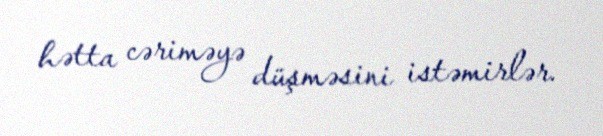
hətta cəriməyə düşməsini istəmirlər.